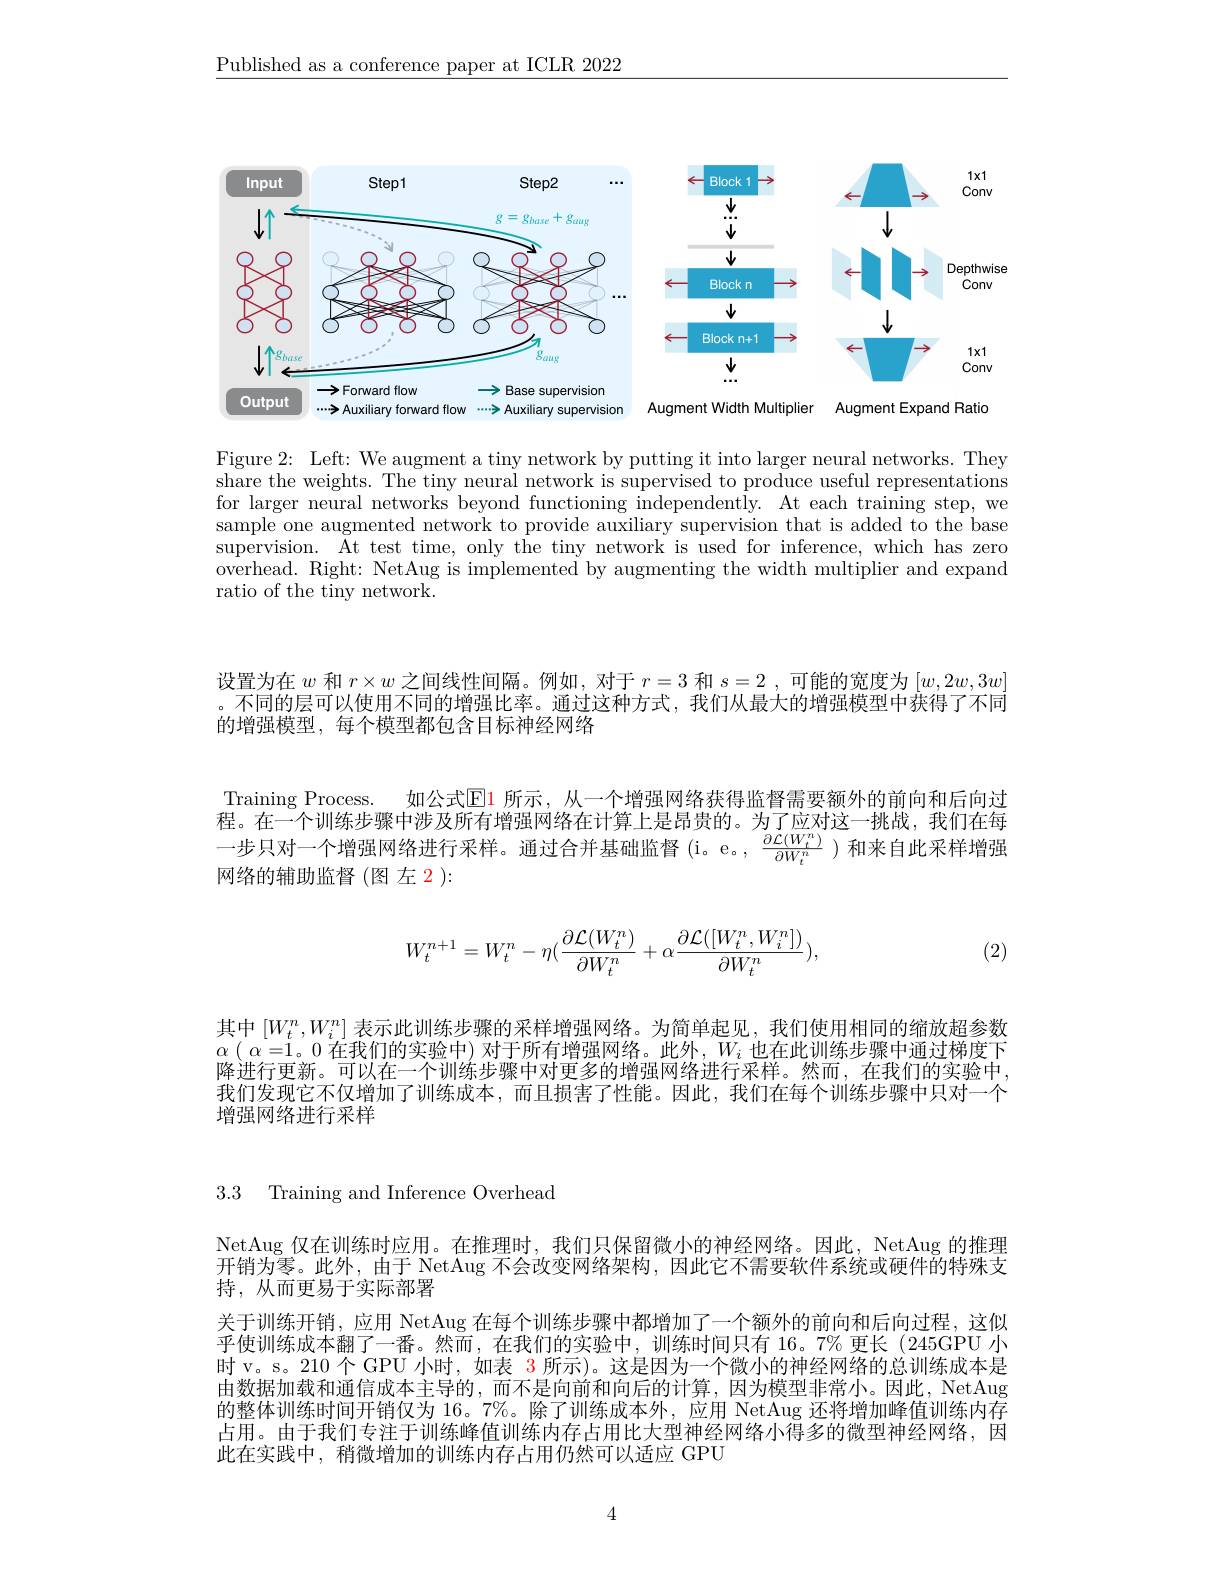
$\underline{\text{Published as a conference paper at ICLR 2022}}$

<FigureHere>

<FigureHere>

Augment Width Multiplier Augment Expand Ratio

Figure 2: Left: We augment a tiny network by putting it into larger neural networks. They share the weights. The tiny neural network is supervised to produce useful representations for larger neural networks beyond functioning independently. At each training step, we sample one augmented network to provide auxiliary supervision that is added to the base $\bar{\text{supervision. }}\bar{\text{At test time, only the tiny network is used for inference, which has zero}}$ overhead. Right: NetAug is implemented by augmenting the width multiplier and expand ratio of the tiny network.

设置为在$w$和$r\times w$之间线性间隔。例如，对于$r=3$和$s=2$ ,可能的宽度为$[w,2w,3w]$ 。不同的层可以使用不同的增强比率。通过这种方式，我们从最大的增强模型中获得了不同的增强模型，每个模型都包含目标神经网络

Training Process. 如公式$\color{red}{\boxed{E}1}$ 所示，从一个增强网络获得监督需要额外的前向和后向这程。在一个训练步骤中涉及所有增强网络在计算上是昂贵的。为了应对这一挑战，我们在每一步只对一个增强网络进行采样。通过合并基础监督(i。e。, $\frac{\partial\mathcal{L}(W_t^n)}{\partial W_t^n}$)和来自此采样增强网络的辅助监督(图 左$\color{red}{2}):$

(2)
$$W_t^{n+1}=W_t^n-\eta(\frac{\partial\mathcal{L}(W_t^n)}{\partial W_t^n}+\alpha\frac{\partial\mathcal{L}([W_t^n,W_i^n])}{\partial W_t^n}),$$
其中$\left[W_t^n,W_i^n\right]$表示此训练步骤的采样增强网络。为简单起见，我们使用相同的缩放超参数$\alpha(\alpha=1。0$在我们的实验中) 对于所有增强网络。此外，$W_i$也在此训练先骤中通讨梯度下降进行更新。可以在一个训练步骤中对更多的增强网络进行采样。然而，在我们的实验中， 我们发现它不仅增加了训练成本，而且损害了性能。因此，我们在每个训练步骤中只对一个增强网络进行采样

3.3 Training and Inference Overhead

NetAug 仅在训练时应用。在推理时，我们只保留微小的神经网络。因此，NetAug 的推理$\bar{\text{开销为零。此外，由于 NetAug 不会改变网络架构，因此它不需要软件系统或硬件的特殊支}}$ 持，从而更易于实际部署
关于训练开销，应用 NetAug 在每个训练步骤中都增加了一个额外的前向和后向过程，这似乎使训练成本翻了一番。然而，在我们的实验中，训练时间只有 16。7% 更长 (245GPU 小时 v。s。210 个 GPU 小时，如表$\color{red}{3\text{ 所示)。这是因为一个微小的神经网络的总训练成本是}}$ 由数据加载和通信成本主导的，而不是向前和向后的计算，因为模型非常小。因此，NetAug 的整体训练时间开销仅为 16。7%。除了训练成本外，应用 NetAug 还将增加峰值训练内存占用。由于我们专注于训练峰值训练内存占用比大型神经网络小得多的微型神经网络，因此在实践中，稍微增加的训练内存占用仍然可以适应 GPU

4